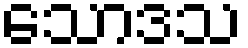
သောဒသ